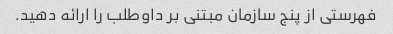
فهرستی از پنج سازمان مبتنی بر داوطلب را ارائه دهید.